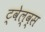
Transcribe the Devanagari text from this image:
ट्वेल्व्स